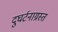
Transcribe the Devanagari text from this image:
दुघर्टनाग्रस्त